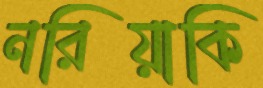
নরিয়াকি